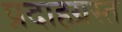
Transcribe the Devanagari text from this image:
प्रदाहग्रस्त